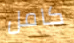
كامل